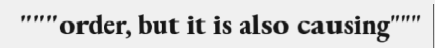
"""order, but it is also causing"""